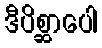
ဒီပိစ္ဆာပေါ